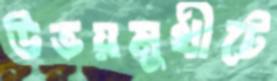
উভয়মুখীটে